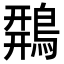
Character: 𪂍